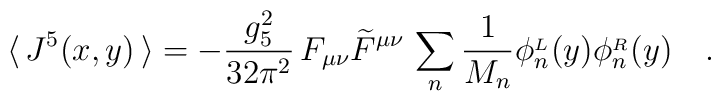
\langle \, J^5(x,y) \, \rangle = - \frac{g_5^2}{32 \pi^2} \, F_{\mu \nu} \widetilde{F}^{\mu \nu}\, \sum_n \frac{1}{M_n} \phi_n^{{}_L}(y) \phi_n^{{}_R}(y) \quad .